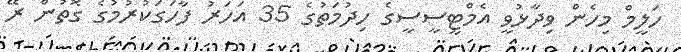
ހަލީމް މިހެން ވިދާޅުވީ އެމްޓީސީސީގެ ހިދުމަތުގެ 35 އަހަރު ފާހަގަކުރުމުގެ ގޮތުން ރޭ